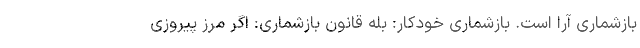
بازشماری آرا است. بازشماری خودکار: بله قانون بازشماری: اگر مرز پیروزی